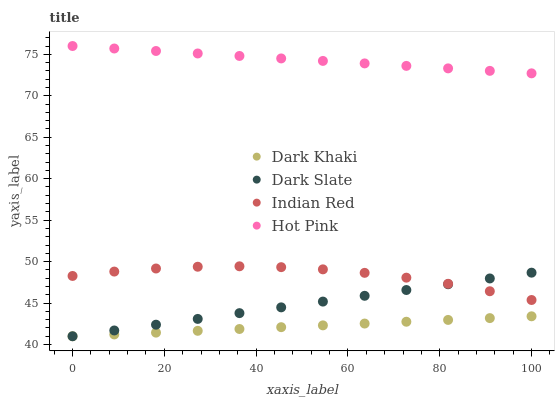
| xaxis_label | Dark Khaki | Dark Slate | Indian Red | Hot Pink |
 | --- | --- | --- | --- | --- |
 | 0 | 41 | 41 | 48.3 | 76 |
 | 9.09 | 41.2 | 41.7 | 48.8 | 75.7 |
 | 18.2 | 41.4 | 42.4 | 49.2 | 75.4 |
 | 27.3 | 41.7 | 43.1 | 49.4 | 75.1 |
 | 36.4 | 41.9 | 43.8 | 49.4 | 74.8 |
 | 45.5 | 42.1 | 44.5 | 49.3 | 74.5 |
 | 54.5 | 42.3 | 45.2 | 49.1 | 74.2 |
 | 63.6 | 42.5 | 45.9 | 48.6 | 73.9 |
 | 72.7 | 42.8 | 46.6 | 48.1 | 73.6 |
 | 81.8 | 43 | 47.3 | 47.3 | 73.3 |
 | 90.9 | 43.2 | 48 | 46.4 | 73 |
 | 100 | 43.4 | 48.7 | 45.4 | 72.7 |